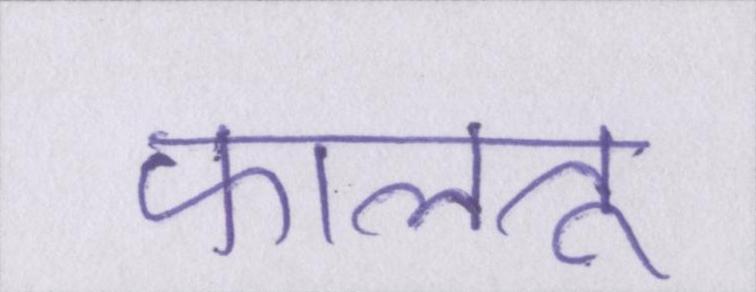
फालतू